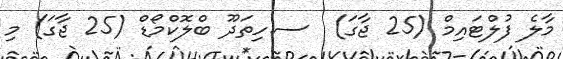
މާލެ ފުލްޓައިމް (25 ޖާގަ)  ސ.ހިތަދޫ ބްލޮކްމޯޑް (25 ޖާގަ) މި